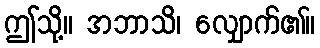
ဤသို့။ အဘာသိ၊ လျှောက်၏။